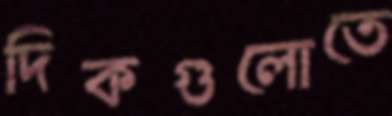
দিকগুলোতে